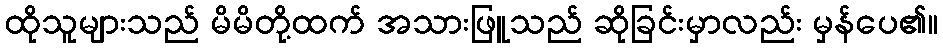
ထိုသူများသည် မိမိတို့ထက် အသားဖြူသည် ဆိုခြင်းမှာလည်း မှန်ပေ၏။